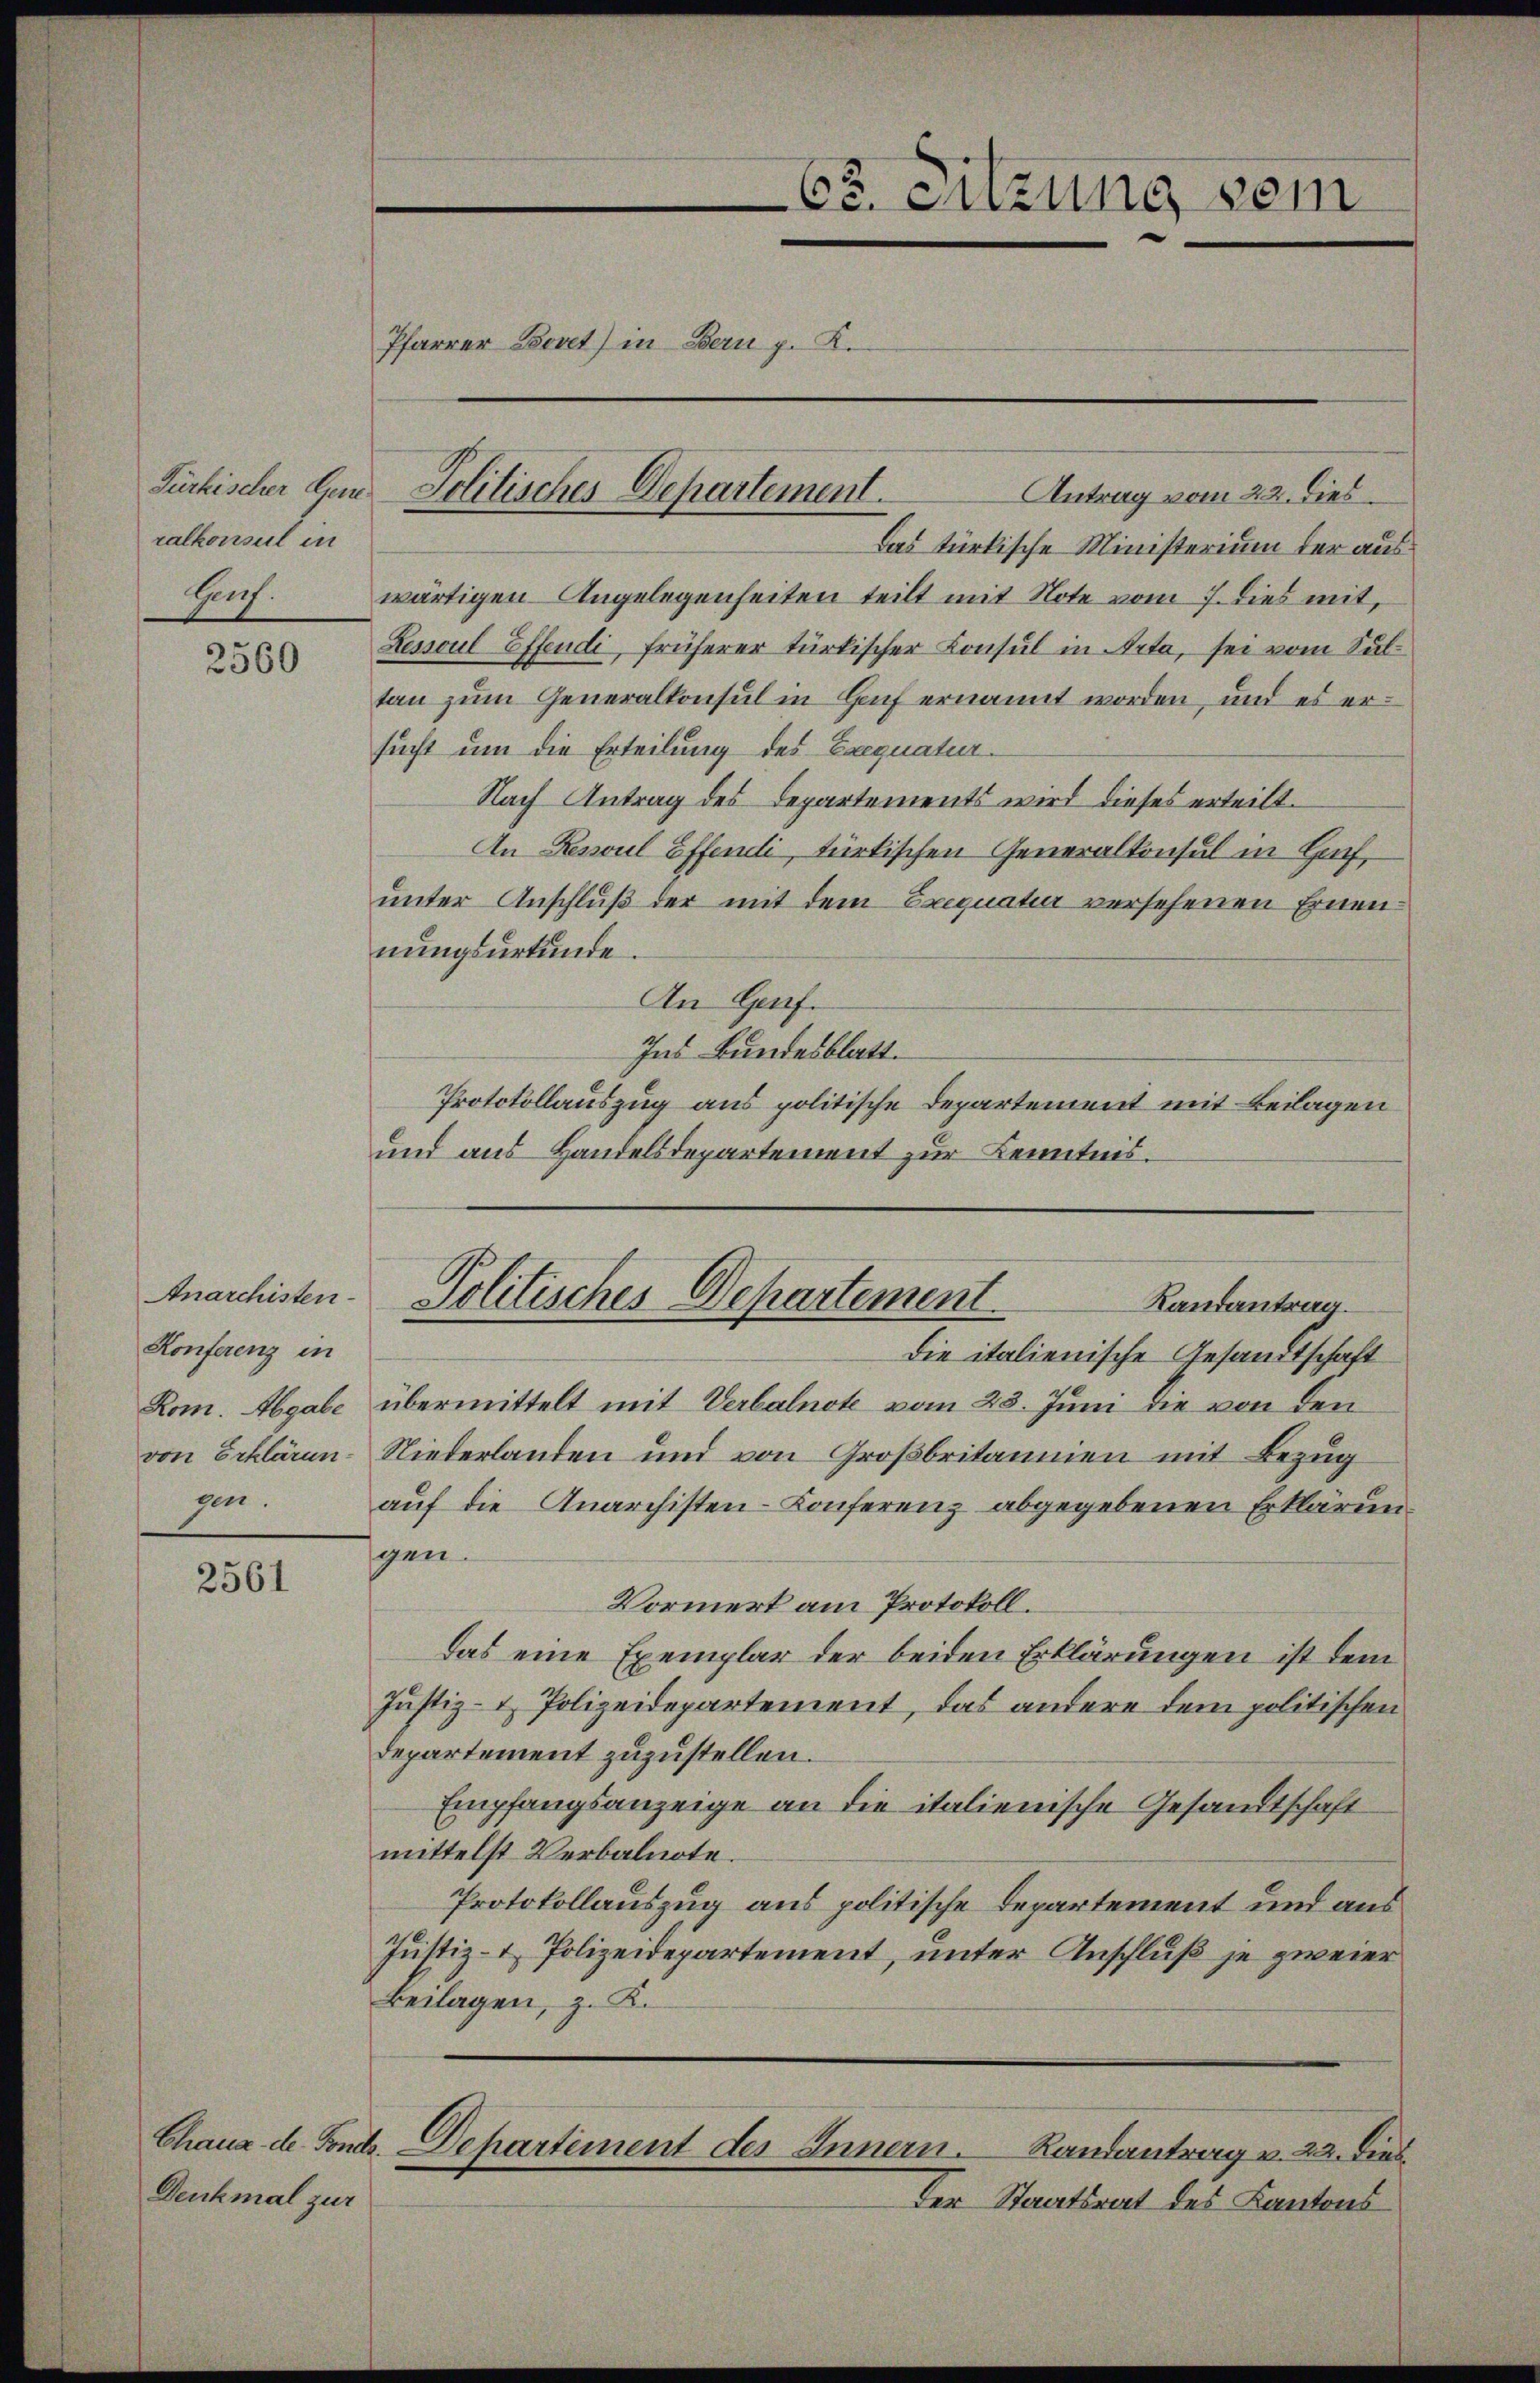
ralkonsul in
Hach.

2560

Anarchisten
Konferenz in
gen.

2561

Denkmal zur

Pfarrer Bovet) in Bern p. K.

Purkischer den Politisches Departement.

62. Sitzung sein

Antrag vom 22. dies
Das türkische Ministerium der auswärtigen Angelegenheiten teilt mit Note vom 7. dies mit,
Ressoul Effendi, früherer türkischer Consul in Acta, sei vom Sul
tan zum Generalkonsul in Heuf ernannt worden, und es ersucht um die Erteilung des Exequatur
Nach Antrag des Departements wird dieses erteilt.
An Ressoul Effendi, türkischen Generalkonsul in Hoch
unter Anschluß der mit dem Exequatur versehenen Ernennungsurkunde.
An Genf.
Ins Bundesblatt.
Protokollauszug aus politische Departement mit Beilagen
und aus Handelsdepartement zur Kenntnis.

Politisches Departement
Randantrag.
Die italienische Gesandtschaft

Kom. Abgabe übermittelt mit Verbalnote vom 23. Juni die von den
von Erklären. Niederlanden und von Großbritannien mit Bezug
auf die Anarchisten-Konferenz abgegebenen Erklärun
gen
Vormerk am Protokoll.
Das eine Exemplar der beiden Erklärungen ist dem
Justiz- & Polizeidepartement, das andere dem politischen
Departement zuzustellen.
Empfangsanzeige an die italienische Gesandtschaft
mittelst Verbalnote.
Protokollauszug aus politische Departement und aus
Justiz- & Polizeidepartement, unter Anschluß je zweier
Beilagen, z. B.
Chaus de Fond. Departement des Innern. Randantrag v. 22. Dies
Der Staatsrat des Kantons